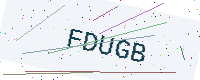
Text: FDUGB